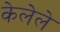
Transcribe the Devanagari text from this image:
केलेेले